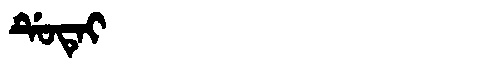
Manchu: ᡩᡠᡨᡝᡳ
Romanization: DUTEI